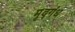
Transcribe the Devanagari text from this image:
मृद्गंध